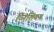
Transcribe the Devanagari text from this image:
व्निशियन